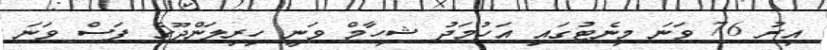
އިރު 76 ވަނަ މިނެޓުގައި އަހުމަދު ޝިހާމް ވަނީ ހިރިލަންދޫގެ ފަސް ވަނަ